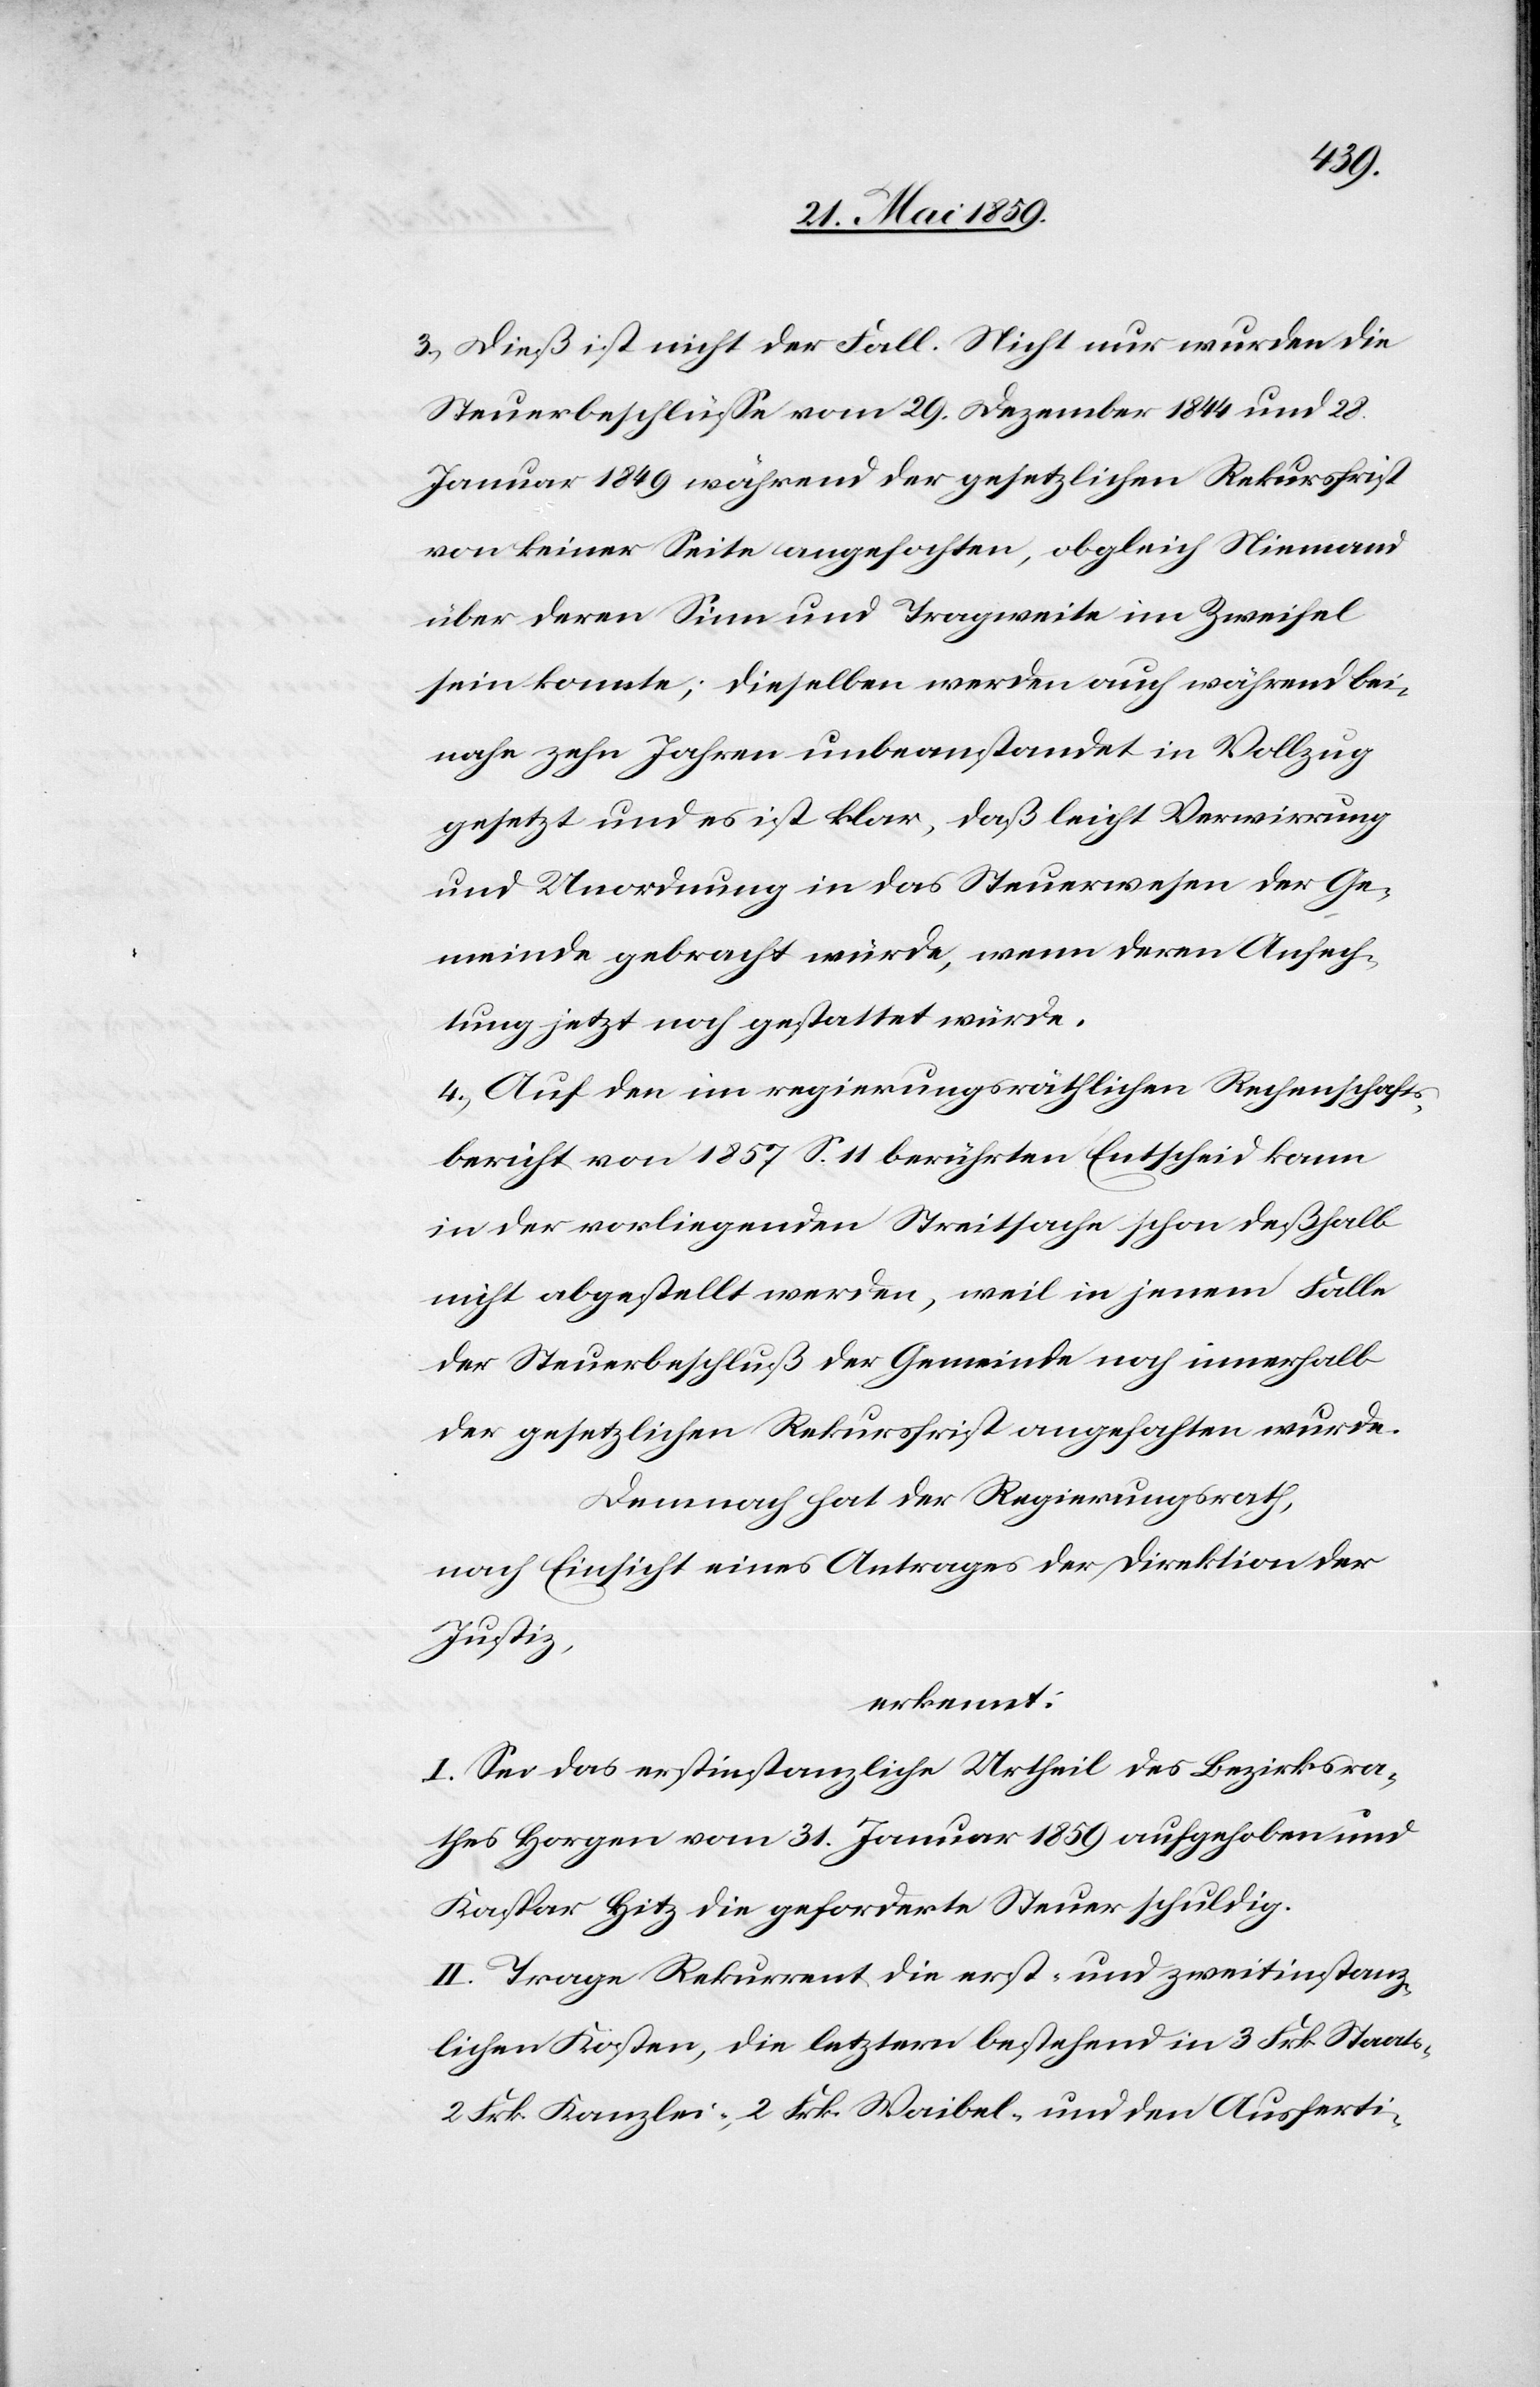
3) Dieß ist nicht der Fall. Nicht nur wurden die
Steuerbeschlüsse vom 29. Dezember 1844 und 28.
Januar 1849 während der gesetzlichen Rekursfrist
von keiner Seite angefochten, obgleich Niemand
über deren Sinn und Tragweite im Zweifel
sein konnte; dieselben werden auch während bei¬
nahe zehn Jahren unbeanstandet in Vollzug
gesetzt und es ist klar, daß leicht Verwirrung
und Unordnung in das Steuerwesen der Ge¬
meinde gebracht würde, wenn deren Anfech¬
tung jetzt noch gestattet würde.
4) Auf den im regierungsräthlichen Rechenschafts¬
bericht von 1857 S. 11 berührten Entscheid kann
in der vorliegenden Streitsache schon deßhalb
nicht abgestellt werden, weil in jenem Falle
der Steuerbeschluß der Gemeinde noch innerhalb
der gesetzlichen Rekursfrist angehalten wurde.
Demnach hat der Regierungsrath,
nach Einsicht eines Antrages der Direktion der
Justiz,
erkannt:
I. Sei das erstinstanzliche Urtheil des Bezirkra¬
thes Horgen vom 31. Januar 1859 aufgehoben und
Kaspar Hitz die geforderte Steuer schuldig.
II. Trage Rekurrent die erst- und zweitinstanz¬
lichen Kosten, die letzern bestehend in 3 Frk. Staats-,
2 Frk. Kanzlei-, 2 Frk. Waibel, und den Ausferti-